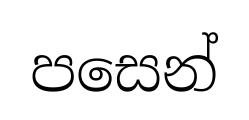
පසෙන්